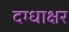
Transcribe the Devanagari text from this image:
दग्धाक्षर